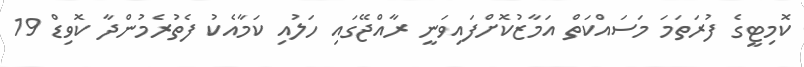
ކޮމިޓީގެ ފުރަތަމަ މަސައްކަތް އަމާޒުކޮށްފައިވަނީ ރާއްޖޭގައި ހަލުއި ކަމާއެކު ފެތުރެމުންދާ ކޮވިޑް 19